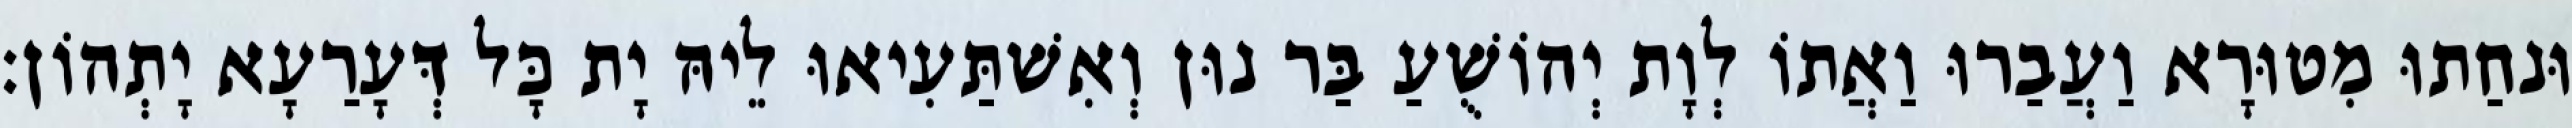
וּנחַתוּ מִטוּרָא וַעֲבַרוּ וַאֲתוֹ לְוָת יְהוֹשֻׁעַ בַּר נוּן וְאִשׁתַּעִיאוּ לֵיהּ יָת כָּל דְּעָרַעָא יָתְהוֹן׃